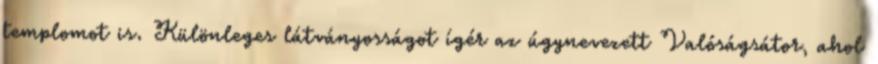
templomot is. Különleges látványosságot ígér az úgynevezett Valóságsátor, ahol